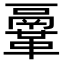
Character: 鞷